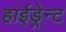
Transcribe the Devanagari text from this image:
हाईड्रेन्ट